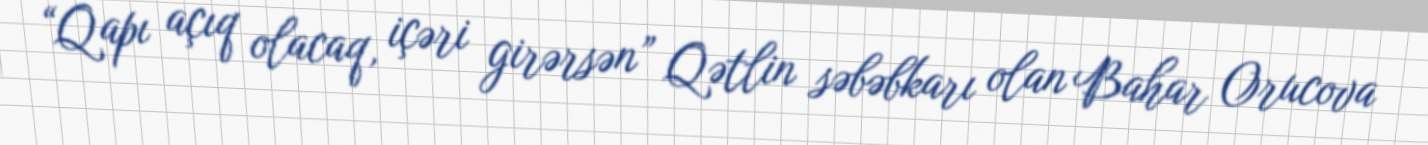
“Qapı açıq olacaq, içəri girərsən” Qətlin səbəbkarı olan Bahar Orucova